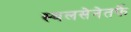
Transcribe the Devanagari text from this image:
स्थलसेनेतर्फे